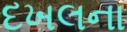
દખલના